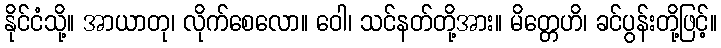
နိုင်ငံသို့။ အာယာတု၊ လိုက်စေလော။ ဝေါ၊ သင်နတ်တို့အား။ မိတ္တေဟိ၊ ခင်ပွန်းတို့ဖြင့်။